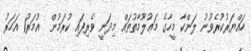
ހައްޔަރުކުރެވުނު ލަންކާ މީހާގެ މަޢުލޫމާތުތައް މިދަނީ ވެރިފައި ކުރަމުން  އުމަރު1 އަހަރު